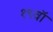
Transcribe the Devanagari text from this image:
१९वॉ